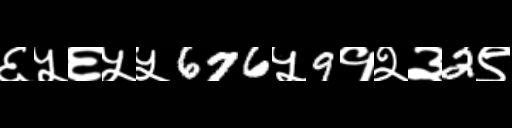
Text: ६५६५५676५9१२३2९